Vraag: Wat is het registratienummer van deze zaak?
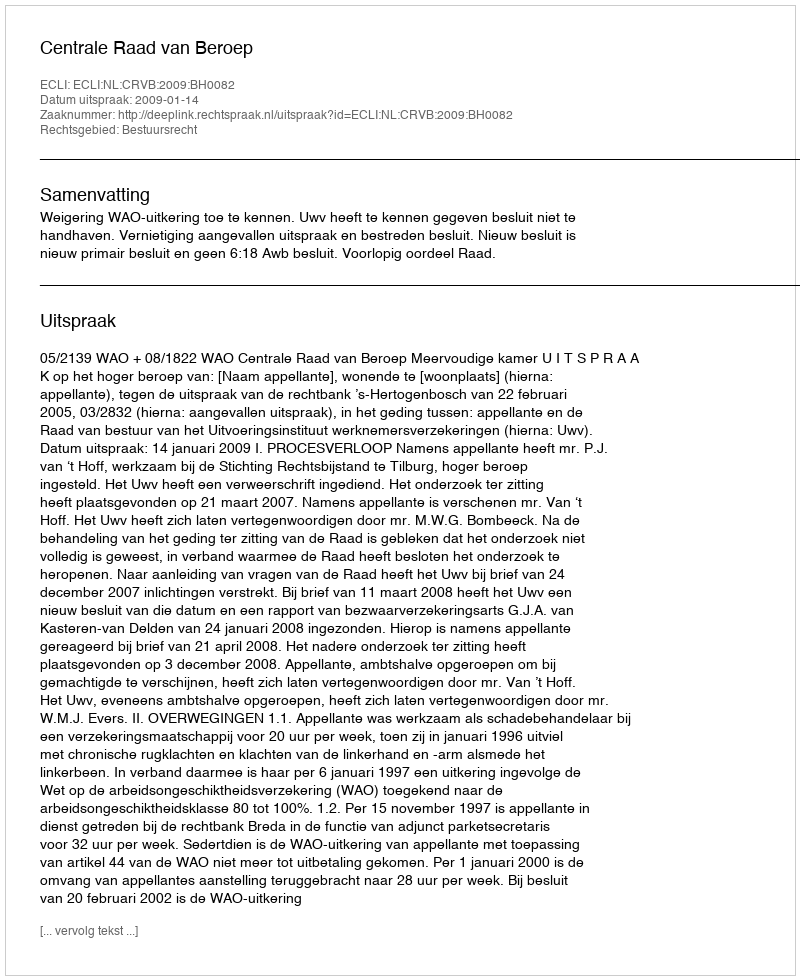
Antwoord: http://deeplink.rechtspraak.nl/uitspraak?id=ECLI:NL:CRVB:2009:BH0082